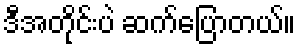
ဒီအတိုင်းပဲ ဆက်ပြောတယ်။